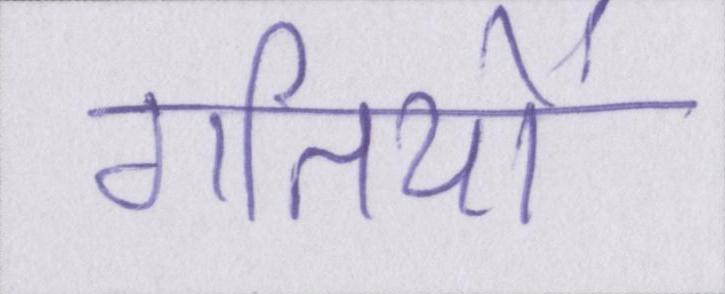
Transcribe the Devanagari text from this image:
गतियों